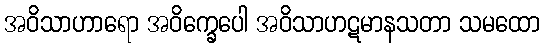
အဝိသာဟာရော အဝိက္ခေပေါ အဝိသာဟဋမာနသတာ သမထော